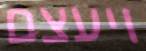
ויעצם